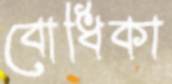
বোধিকা